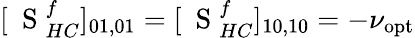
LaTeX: [\mathrm{~\mathbf~S~}_{HC}^{f}]_{01,01}=[\mathrm{~\mathbf~S~}_{HC}^{f}]_{10,10}=-\nu_{\mathrm{opt}}